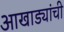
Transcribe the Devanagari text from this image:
आखाड्यांची